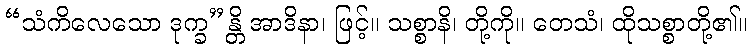
“သံကိလေသော ဒုက္ခ”န္တိ အာဒိနာ၊ ဖြင့်။ သစ္စာနိ၊ တို့ကို။ တေသံ၊ ထိုသစ္စာတို့၏။